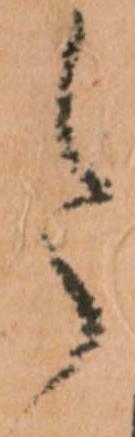
令